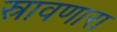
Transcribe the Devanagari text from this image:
स्रावणारा